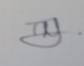
Signature authenticity: genuine